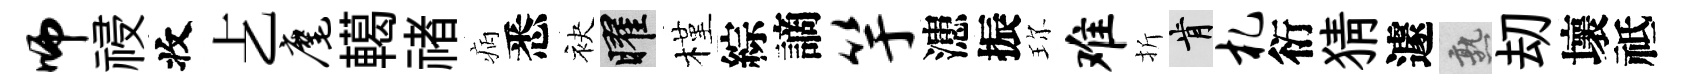
师祲收𠧒麾轕禇病悉袂曜槿綜謫竽漶振珎难折肯札衍猜遽熟刧壞祗